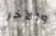
والآخر